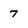
Character: 7